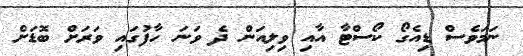
ނަމަވެސް ޑިއެގޯ ކޯސްޓާ އާއި ވިލިއަން ދެ ވަނަ ހާފުގައި ވަރަށް ބޮޑަށް